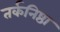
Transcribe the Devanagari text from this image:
तर्कनिष्ठा